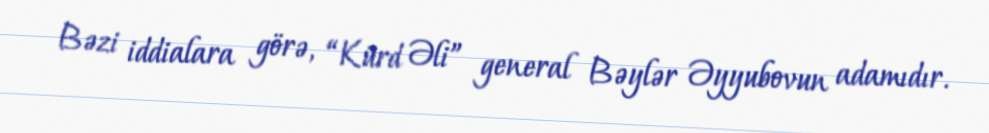
Bəzi iddialara görə, “Kürd Əli” general Bəylər Əyyubovun adamıdır.